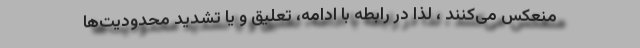
منعکس می‌کنند ، لذا در رابطه با ادامه، تعلیق و یا تشدید محدودیت‌ها